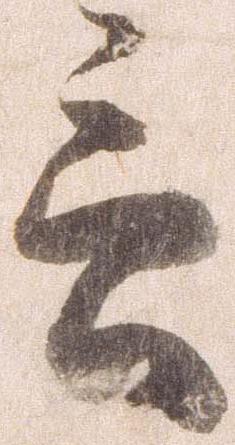
言